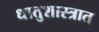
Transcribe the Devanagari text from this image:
धातुशास्त्रात